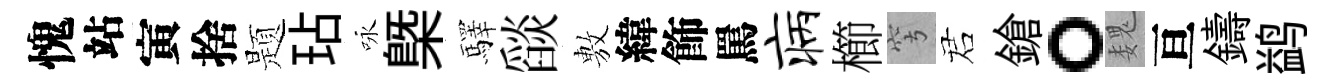
愧站寅捨题玷咏槩驛𦦨𢾾緯飾罵病櫛穹诺鎗。魏亘鑄鹢